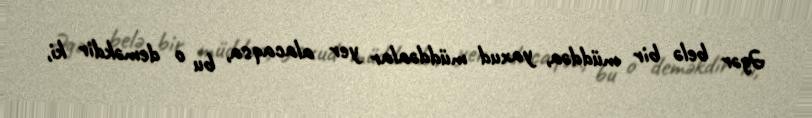
Əgər belə bir müddəa, yaxud müddəalar yer alacaqsa, bu o deməkdir ki,